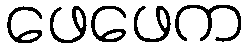
ဖေဖေက